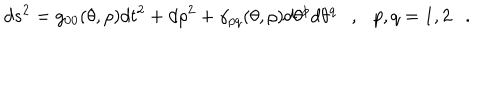
d s ^ { 2 } = g _ { 0 0 } ( \theta , \rho ) d t ^ { 2 } + d \rho ^ { 2 } + \gamma _ { p q } ( \theta , \rho ) d \theta ^ { p } d \theta ^ { q } , { } p , q = 1 , 2 .